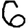
Digit: 6